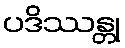
ပဒိဿန္တု